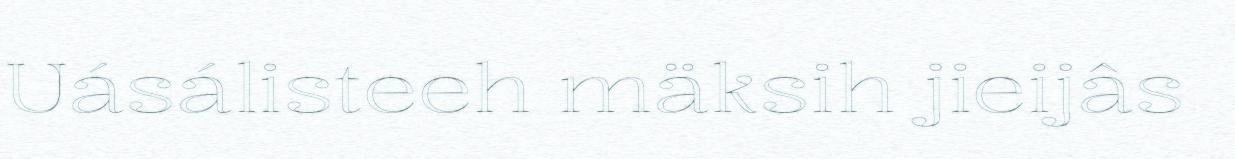
Uásálisteeh mäksih jieijâs